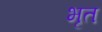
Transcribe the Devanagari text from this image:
भृत